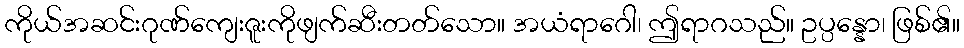
ကိုယ်အဆင်းဂုဏ်ကျေးဇူးကိုဖျက်ဆီးတတ်သော။ အယံရာဂေါ၊ ဤရာဂသည်။ ဥပ္ပန္နော၊ ဖြစ်၏။